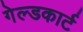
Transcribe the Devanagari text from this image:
गेल्डकार्ट